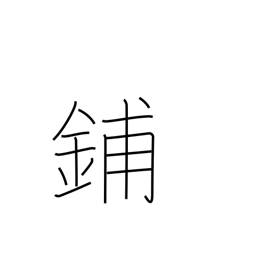
Meaning: store